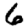
Digit: 6